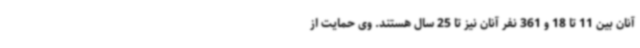
آنان بین 11 تا 18 و 361 نفر آنان نیز تا 25 سال هستند. وی حمایت از